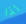
لذا